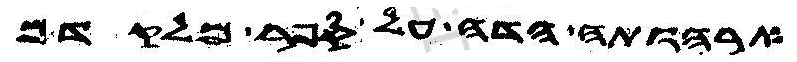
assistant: ארהותה הדה על ספר מלקדם